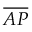
\overline { { A P } }